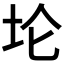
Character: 𫭢